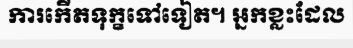
ការកើតទុក្ខទៅទៀត។ អ្នកខ្លះដែល